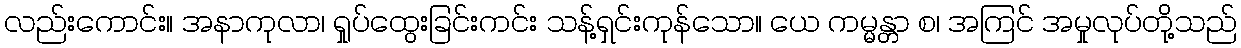
လည်းကောင်း။ အနာကုလာ၊ ရှုပ်ထွေးခြင်းကင်း သန့်ရှင်းကုန်သော။ ယေ ကမ္မန္တာ စ၊ အကြင် အမှုလုပ်တို့သည်